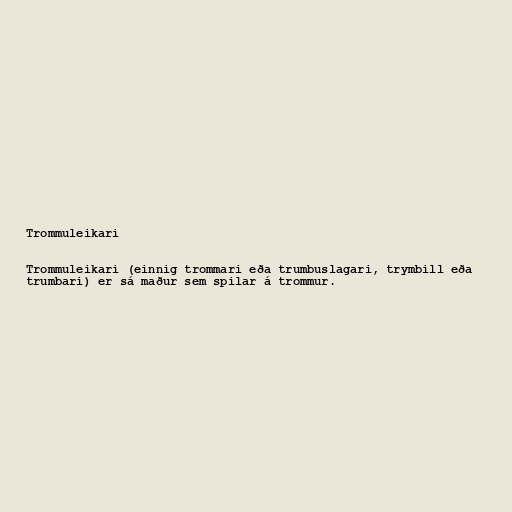
Trommuleikari

Trommuleikari (einnig trommari eða trumbuslagari, trymbill eða
trumbari) er sá maður sem spilar á trommur.